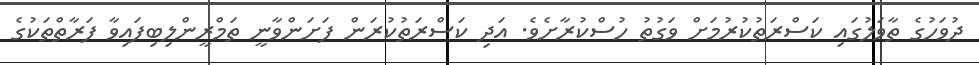
ދުވަހުގެ ތާވަލުގައި ކަސްރަތުކުރުމަށް ވަގުތު ހުސްކުރާށެވެ. އަދި ކަސްރަތުކުރަން ފަށަންވާނީ ތަމްރީންލިބިފައިވާ ފަރާތްތަކުގެ